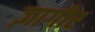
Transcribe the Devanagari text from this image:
ज़ागीर